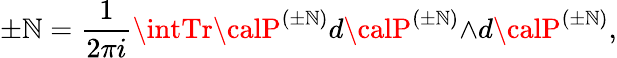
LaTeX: \pm\mathbb{N}=\frac{{1}}{{2{\pi}i}}\intTr{\calP}^{({\pm}\mathbb{N})}d{\calP}^{({\pm}\mathbb{N})}{\wedge}d{\calP}^{({\pm}\mathbb{N})},